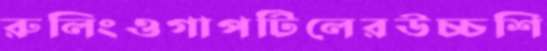
রুলিংওগাপটিলেরউচ্চশি